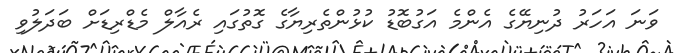
ވަނަ އަހަރު ދުނިޔޭގެ އެންމެ އަގުބޮޑު ކުޅުންތެރިޔާގެ ގޮތުގައި ރެއާލް މެޑްރިޑަށް ބަދަލުވި